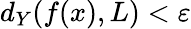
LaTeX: d_{Y}(f(x),L)<\varepsilon